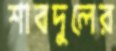
শাবদুলের